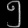
Digit: ၅